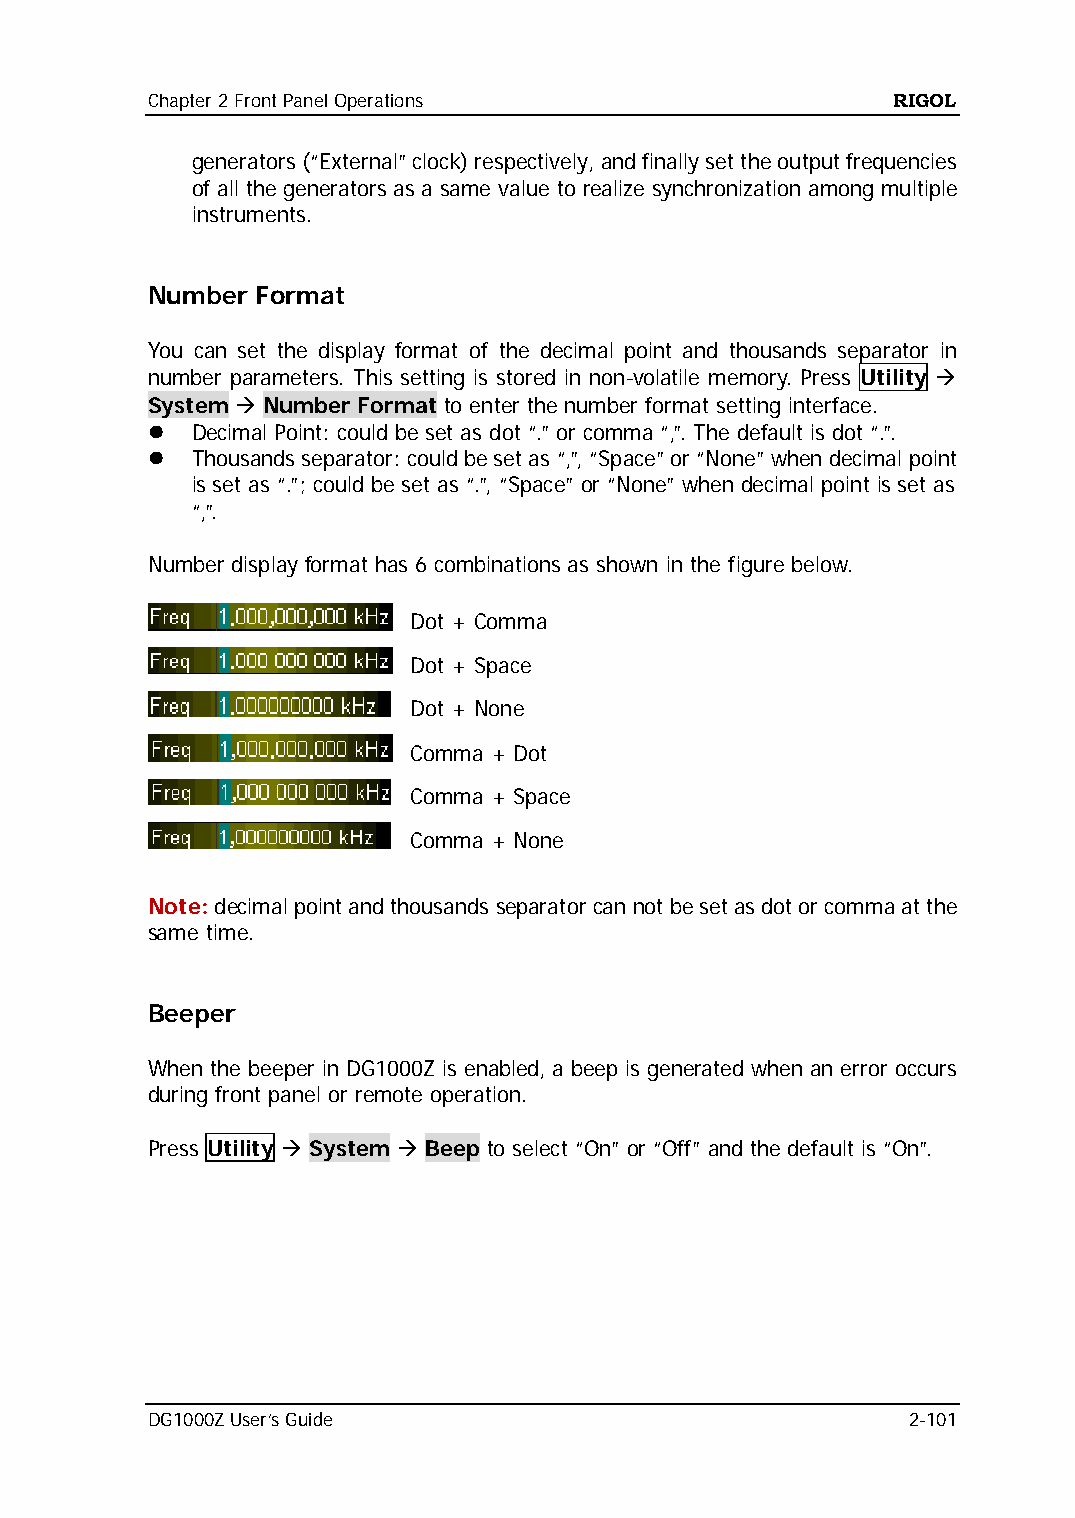
Chapter 2 Front Panel Operations                 RIGOL
 generators (“External” clock) respectively, and finally set the output frequencies
 of all the generators as a same value to realize synchronization among multiple
 instruments.
 Number Format
 You can set the display format of the decimal point and thousands separator in
 number parameters. This setting is stored in non-volatile memory. Press Utility 
 System  Number Format to enter the number format setting interface.
   Decimal Point: could be set as dot “.” or comma “,”. The default is dot “.”.
   Thousands separator: could be set as “,”, “Space” or “None” when decimal point
 is set as “.”; could be set as “.”, “Space” or “None” when decimal point is set as
 “,”.
 Number display format has 6 combinations as shown in the figure below.
 Dot + Comma
 Dot + Space
 Dot + None
 Comma + Dot
 Comma + Space
 Comma + None
 Note: decimal point and thousands separator can not be set as dot or comma at the
 same time.
 Beeper
 When the beeper in DG1000Z is enabled, a beep is generated when an error occurs
 during front panel or remote operation.
 Press Utility  System  Beep to select “On” or “Off” and the default is “On”.
 DG1000Z User’s Guide                              2-101